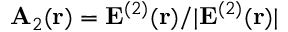
{ \bf A } _ { 2 } ( { \bf r } ) = { \bf E } ^ { ( 2 ) } ( { \bf r } ) / | { \bf E } ^ { ( 2 ) } ( { \bf r } ) |